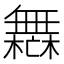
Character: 𣞣